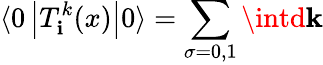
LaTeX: \langle0\left|T_{\mathbf{i}}^{k}(x)\right|0\rangle=\sum_{\sigma=0,1}\intd{\mathbf{k}}